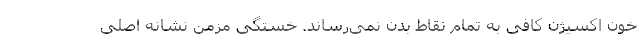
خون اکسیژن کافی به تمام نقاط بدن نمی‌رساند. خستگی مزمن نشانه اصلی